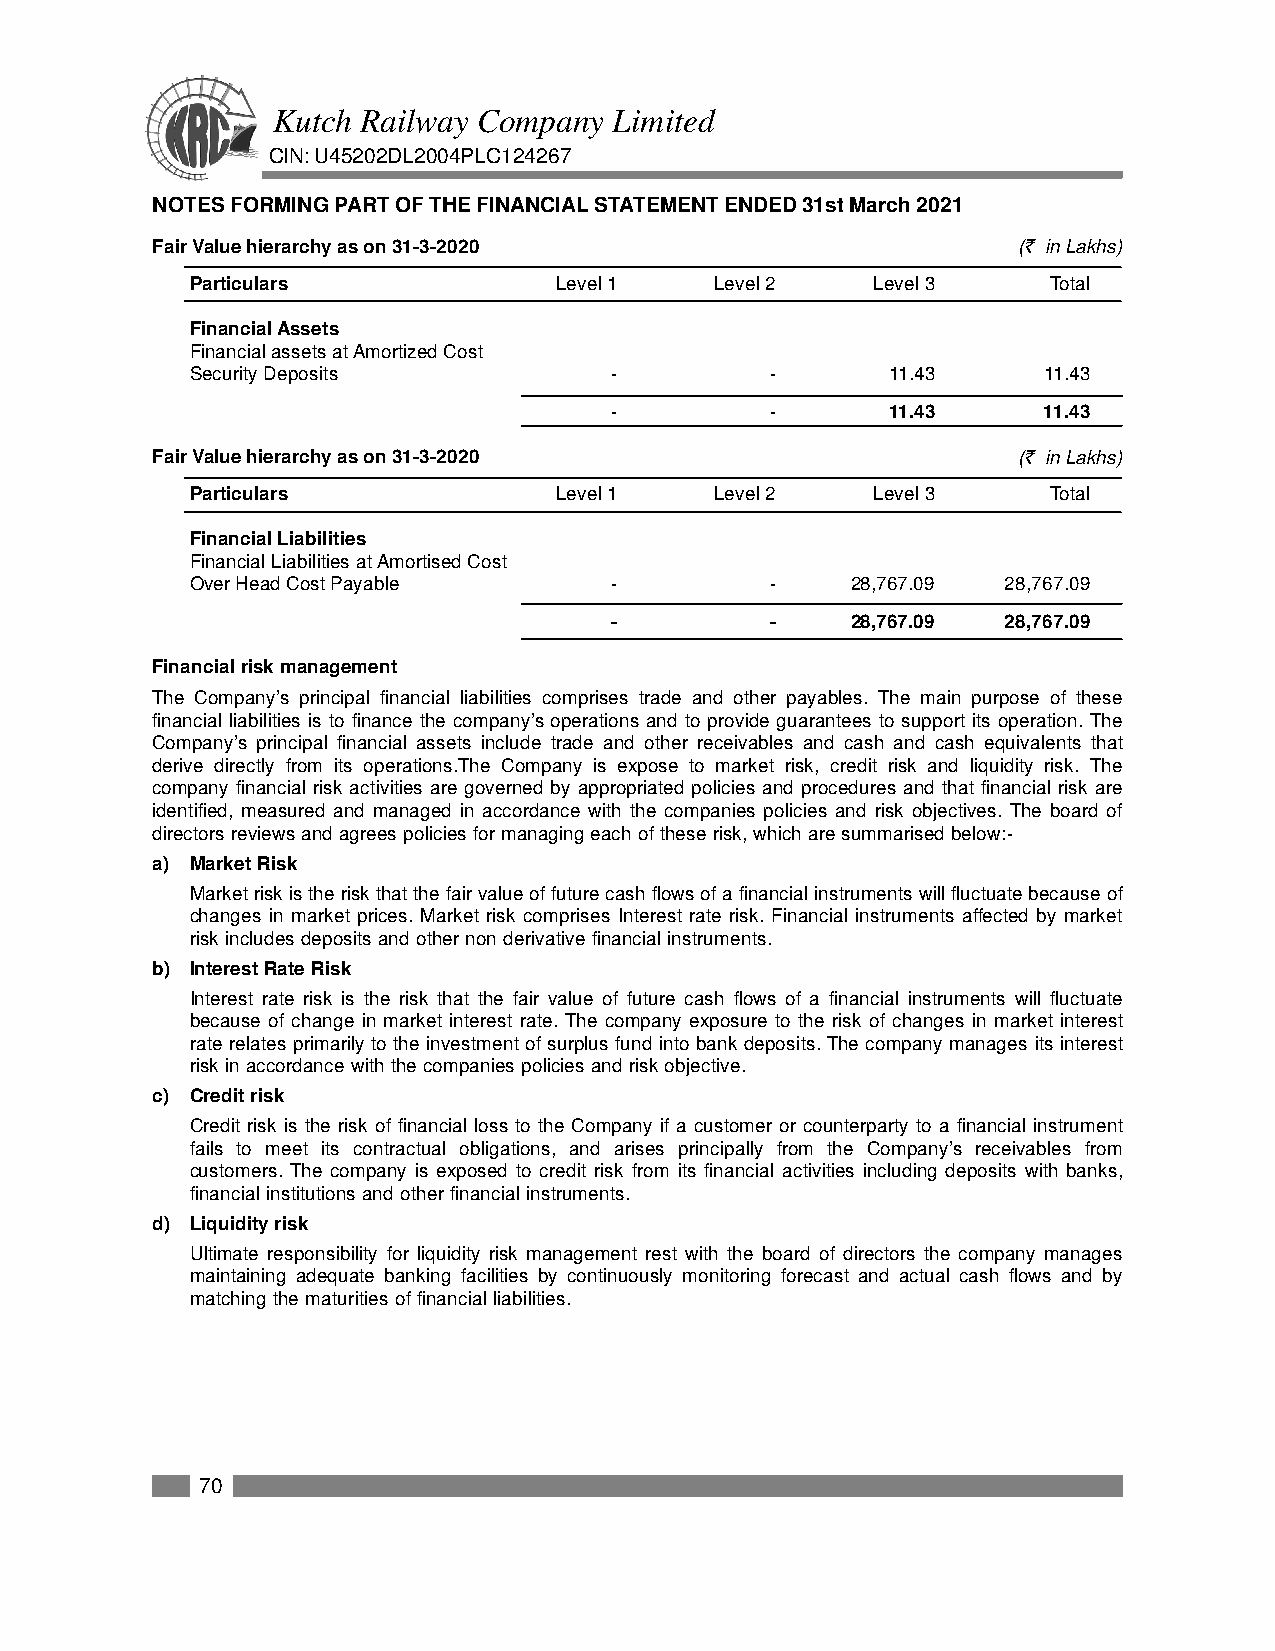
Kutch Railway Company  Limited
 CIN: U45202DL2004PLC124267
 NOTES FORMING PART OF THE FINANCIAL STATEMENT ENDED 31st March 2021
 Fair Value hierarchy as on 31-3-2020                     (` in Lakhs)
 Particulars             Level 1   Level 2    Level 3     Total
 Financial Assets
 Financial assets at Amortized Cost
 Security Deposits          -          -       11.43     11.43
 -          -       11.43     11.43
 Fair Value hierarchy as on 31-3-2020                     (` in Lakhs)
 Particulars             Level 1   Level 2    Level 3     Total
 Financial Liabilities
 Financial Liabilities at Amortised Cost
 Over Head Cost Payable     -          -    28,767.09  28,767.09
 -          -    28,767.09  28,767.09
 Financial risk management
 The Company’s principal financial liabilities comprises trade and other payables. The main purpose of these
 financial liabilities is to finance the company’s operations and to provide guarantees to support its operation. The
 Company’s principal financial assets include trade and other receivables and cash and cash equivalents that
 derive directly from its operations.The Company is expose to market risk, credit risk and liquidity risk. The
 company financial risk activities are governed by appropriated policies and procedures and that financial risk are
 identified, measured and managed in accordance with the companies policies and risk objectives. The board of
 directors reviews and agrees policies for managing each of these risk, which are summarised below:-
 a) Market Risk
 Market risk is the risk that the fair value of future cash flows of a financial instruments will fluctuate because of
 changes in market prices. Market risk comprises Interest rate risk. Financial instruments affected by market
 risk includes deposits and other non derivative financial instruments.
 b) Interest Rate Risk
 Interest rate risk is the risk that the fair value of future cash flows of a financial instruments will fluctuate
 because of change in market interest rate. The company exposure to the risk of changes in market interest
 rate relates primarily to the investment of surplus fund into bank deposits. The company manages its interest
 risk in accordance with the companies policies and risk objective.
 c) Credit risk
 Credit risk is the risk of financial loss to the Company if a customer or counterparty to a financial instrument
 fails to meet its contractual obligations, and arises principally from the Company’s receivables from
 customers. The company is exposed to credit risk from its financial activities including deposits with banks,
 financial institutions and other financial instruments.
 d) Liquidity risk
 Ultimate responsibility for liquidity risk management rest with the board of directors the company manages
 maintaining adequate banking facilities by continuously monitoring forecast and actual cash flows and by
 matching the maturities of financial liabilities.
 70